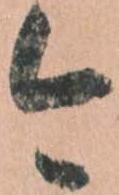
今